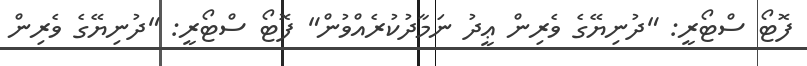
ފޮޓޯ ސްޓޯރީ: "ދުނިޔޭގެ ވެރިން ޢީދު ނަމާދުކުރެއްވުން" ފޮޓޯ ސްޓޯރީ: "ދުނިޔޭގެ ވެރިން